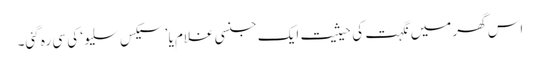
اس گھر میں نگہت کی حیثیت ایک جنسی غلام یا ’سیکس سلیو‘ کی سی رہ گئی۔